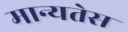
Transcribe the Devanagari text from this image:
मान्यतेस